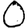
Digit: 0